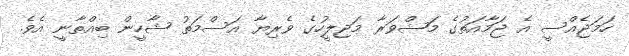
ހަމަޖެއްސީ އެ ޖަމާއަތުގެ މަޝްވަރާ މަޖިލީހުގެ ވެރިޔާ އަސްމަތު ޝާހީން ބިއްތާނީ އެވެ.